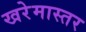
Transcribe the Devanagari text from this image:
खरेमास्तर